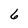
Character: 6